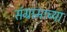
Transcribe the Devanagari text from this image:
संग्रामाच्या